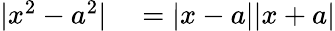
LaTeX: \begin{array}{rl}{|x^{2}-a^{2}|}&{{}=|x-a||x+a|}\end{array}